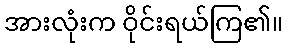
အားလုံးက ဝိုင်းရယ်ကြ၏။